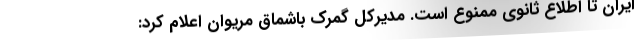
ایران تا اطلاع ثانوی ممنوع است. مدیرکل گمرک باشماق مریوان اعلام کرد: